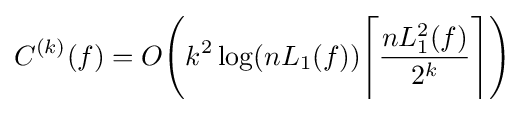
C^{(k)}(f)=O{\Bigg (}k^{2}\log(nL_{1}(f)){\Bigg \lceil }{nL_{1}^{2}(f) \over 2^{k}}{\Bigg \rceil }{\Bigg )}